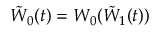
\tilde { W } _ { 0 } ( t ) = W _ { 0 } ( \tilde { W } _ { 1 } ( t ) )